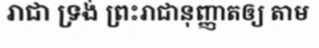
រាជា ទ្រង់ ព្រះរាជានុញ្ញាតឲ្យ តាម